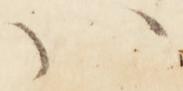
は